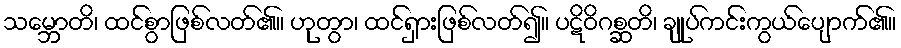
သမ္ဘောတိ၊ ထင်စွာဖြစ်လတ်၏။ ဟုတွာ၊ ထင်ရှားဖြစ်လတ်၍။ ပဋိဝိဂစ္ဆတိ၊ ချုပ်ကင်းကွယ်ပျောက်၏။